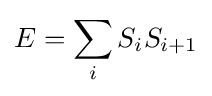
E=\sum _{i}S_{i}S_{i+1}